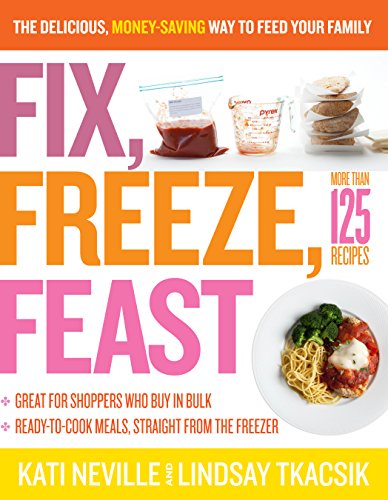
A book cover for Fix, Freeze, Feast: The Delicious, Money-Saving Way to Feed Your Family; Kati Neville; Cookbooks, Food & Wine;